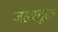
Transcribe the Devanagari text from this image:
जहरमुक्त